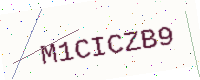
Text: M1CICZB9